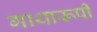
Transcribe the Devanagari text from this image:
गाथारूपी